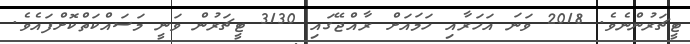
ޓީޗަރުންނެވެ. 2018 ވަނަ އަހަރާއި ހަމައަށް ރާއްޖޭގައި 3130 ޓީޗަރުން ވަނީ މަސައްކަތްކޮށްފައެވެ.